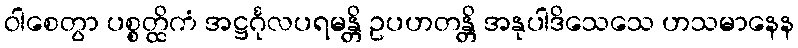
ဝါစေတွာ ပစ္စတ္ထိကံ အဋ္ဌင်္ဂုလပရမန္တိ ဥပဟတန္တိ အနုပါဒိသေသေ ဟသမာနေန